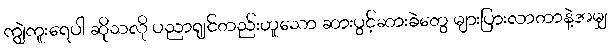
ကျွဲကူးရေပါ ဆိုသလို ပညာရျင်တည်းဟူသော ဆားပွင့်ဆားခဲတွေ များပြားလာတာနဲ့အမျှ